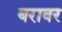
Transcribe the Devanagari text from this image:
बरावर